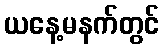
ယနေ့မနက်တွင်